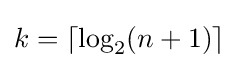
k=\lceil \log _{2}(n+1)\rceil